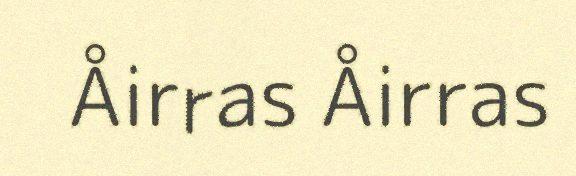
Åirras Åirras